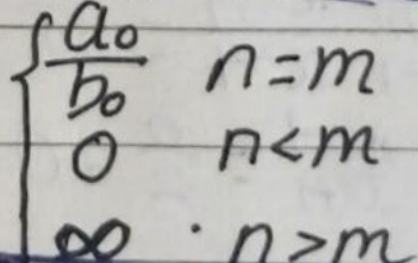
\begin{equation}
\left\{
\begin{array}{ll}
\frac{a_0}{b_0} & n = m\\
0 & n < m\\
\infty & n > m
\end{array}
\right.
\end{equation}